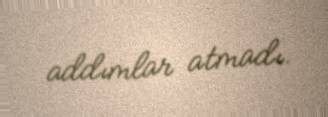
addımlar atmadı.